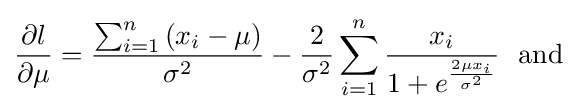
{\frac {\partial l}{\partial \mu }}={\frac {\sum _{i=1}^{n}\left(x_{i}-\mu \right)}{\sigma ^{2}}}-{\frac {2}{\sigma ^{2}}}\sum _{i=1}^{n}{\frac {x_{i}}{1+e^{\frac {2\mu x_{i}}{\sigma ^{2}}}}}\ \ {\text{and}}